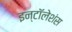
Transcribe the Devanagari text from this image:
इन्टॉलेशंस